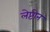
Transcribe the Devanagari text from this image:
लेप्टोन